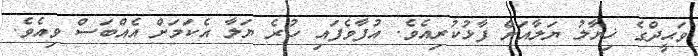
ވަޙީދްގެ ޚިޔާލު ޔަލާއަށް ފާޅުކުރިއެވެ. އުުުފާވެފައި ހުރެ ޔަލާ އެކަމަށް އެއްބަސް ވިއެވެ.